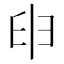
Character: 𦥔